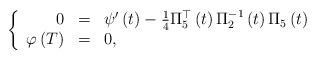
LaTeX: \begin{align*}\left\{\begin{array}{rcl}0 & = & \psi ^{\prime }\left( t\right) -\frac{1}{4}\Pi _{5}^{\top }\left(t\right) \Pi _{2}^{-1}\left( t\right) \Pi _{5}\left( t\right) \\\varphi \left( T\right) & = & 0,\end{array}\right. \end{align*}